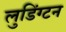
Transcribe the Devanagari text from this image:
लुडिंग्टन